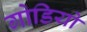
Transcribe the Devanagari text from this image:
गोडियो